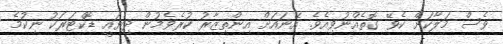
ވެސް މަލާކަށް ކެވޭ ގޮތެއްނުވިއެވެ. އޭނައަށް އިންތިޒާރު ކުރެވެމުން ދިޔައީ ޑޮކްޓަރަކު ނިކުމެ